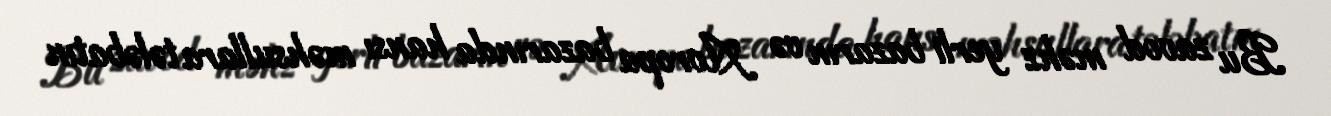
Bu zavod məhz yerli bazarın və Avropa bazarında hansı məhsullara tələbatın